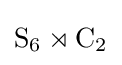
\mathrm {S} _{6}\rtimes \mathrm {C} _{2}